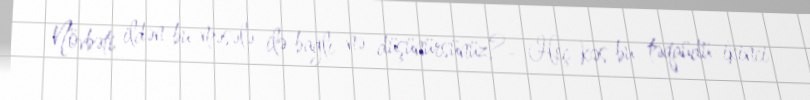
Növbəti ildən bu məsələ ilə bağlı nə düşünürsünüz?- Heç kəs bu təqaüdü ikinci